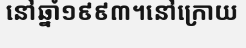
នៅឆ្នាំ១៩៩៣។នៅក្រោយ